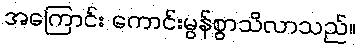
အကြောင်း ကောင်းမွန်စွာသိလာသည်။